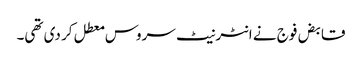
قابض فوج نے انٹرنیٹ سروس معطل کر دی تھی۔